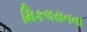
મિકલસનના